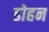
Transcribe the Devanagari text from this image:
डोहन